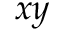
x y